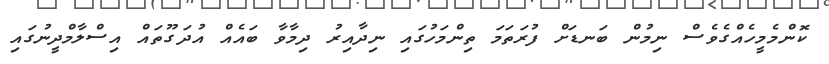
ކޮންމެމީހެއްގެވެސް ނިމުން ބަނޑަށް ފުރަތަމަ ތިންމަހުގައި ނިދާއިރު ދިމާވާ ބައެއް އުދަގޫތައް އިސްލާމްދީނުގައި